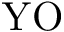
\mathrm { Y O }